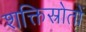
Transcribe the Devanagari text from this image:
शक्तिस्रोतों